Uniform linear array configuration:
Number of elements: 12
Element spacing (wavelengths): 0.25
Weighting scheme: binomial
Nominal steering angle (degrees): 0
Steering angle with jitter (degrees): -0.6989
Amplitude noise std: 0.05
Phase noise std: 0.05

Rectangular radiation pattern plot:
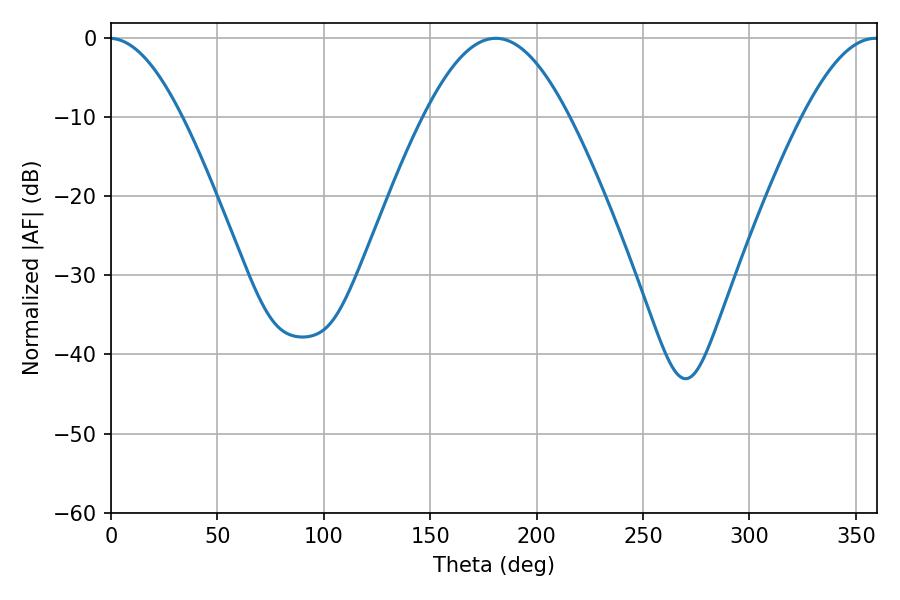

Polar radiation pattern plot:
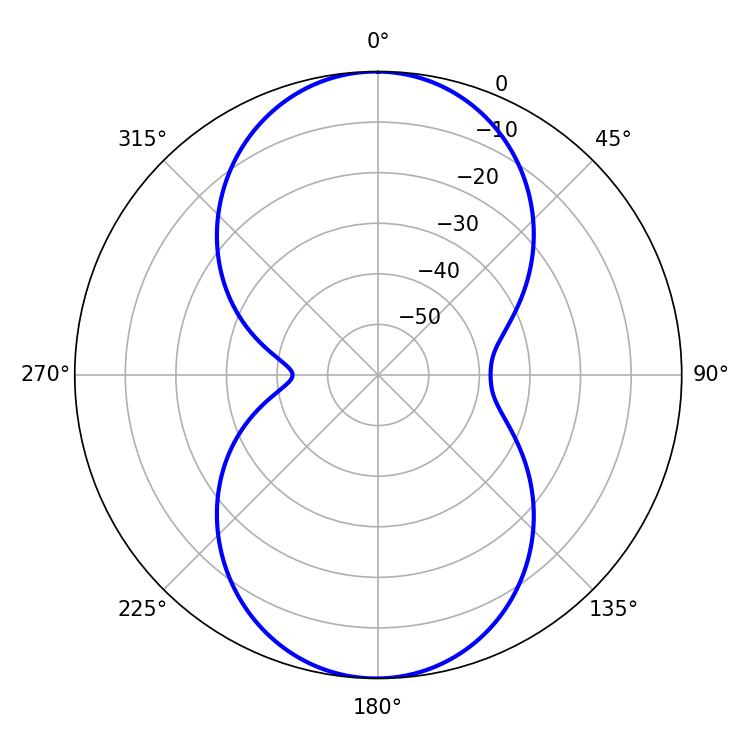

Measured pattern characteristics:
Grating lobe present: FALSE
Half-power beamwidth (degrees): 36.9
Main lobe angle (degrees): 180.72